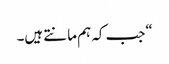
“جب کہ ہم مانتے ہیں۔